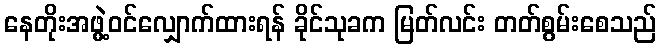
နေတိုးအဖွဲ့ဝင်လျှောက်ထားရန် ခိုင်သုခက မြတ်လင်း တတ်စွမ်းစေသည်